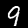
Digit: 9